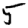
Digit: 5